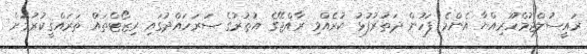
ރައީސުލްޖުމްހޫރިއްޔާ އެންމެ ފަހުން ދަތުރުފުޅު ކުރެއްވި ރާއްޖޭގެ އުތުރުގެ ސަރަހައްދުގައި ރިޒޯޓްތައް ތަރައްޤީކުރުމަށް